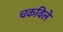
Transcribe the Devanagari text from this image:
चकविले